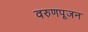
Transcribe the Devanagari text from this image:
वरुणपूजन